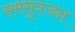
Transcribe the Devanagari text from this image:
समसूत्रजन